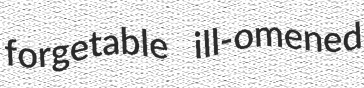
forgetable ill-omened